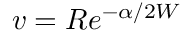
v = R e ^ { - \alpha / 2 W }